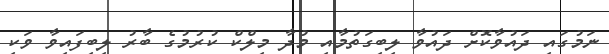
ނަމުގައި ދައުވާކޮށް ދައުވާ ލިބިގަތުމާއި މުދާ މިލްކް ކުރުމުގެ ބާރު ލިބިފައިވާ ވަކި